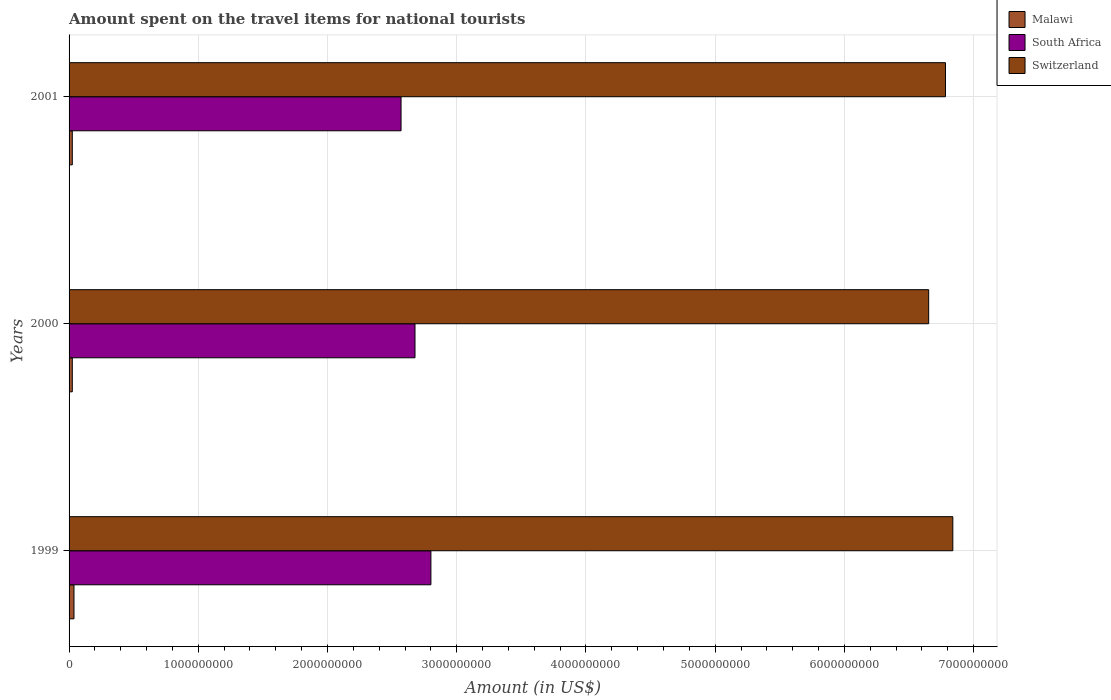
| Years | Malawi | South Africa | Switzerland |
 | --- | --- | --- | --- |
 | 1999 | 3.8e+07 | 2.8e+09 | 6.84e+09 |
 | 2000 | 2.5e+07 | 2.68e+09 | 6.65e+09 |
 | 2001 | 2.5e+07 | 2.57e+09 | 6.78e+09 |